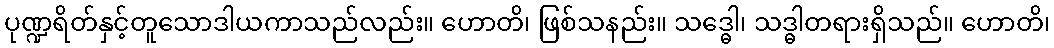
ပုဏ္ဍရိတ်နှင့်တူသောဒါယကာသည်လည်း။ ဟောတိ၊ ဖြစ်သနည်း။ သဒ္ဓေါ၊ သဒ္ဓါတရားရှိသည်။ ဟောတိ၊